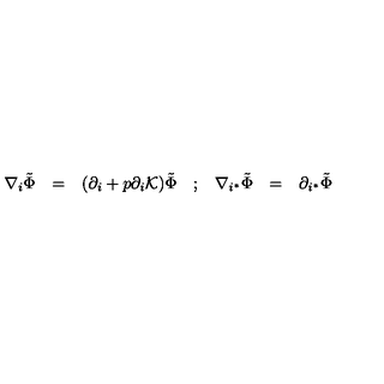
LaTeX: \begin{array} { c c c c c c c } { \nabla _ { i } \tilde { \Phi } } & { = } & { ( \partial _ { i } + p \partial _ { i } { \cal K } ) \tilde { \Phi } } & { ; } & { \nabla _ { i ^ { * } } \tilde { \Phi } } & { = } & { \partial _ { i ^ { * } } \tilde { \Phi } } \\ \end{array}